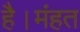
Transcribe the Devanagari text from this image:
है।मंहत